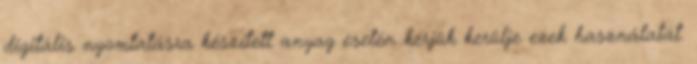
digitális nyomtatásra készített anyag esetén kérjük kerülje ezek használatát.